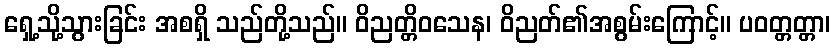
ရှေ့သို့သွားခြင်း အစရှိ သည်တို့သည်။ ဝိညတ္တိဝသေန၊ ဝိညတ်၏အစွမ်းကြောင့်။ ပဝတ္တတ္တာ၊